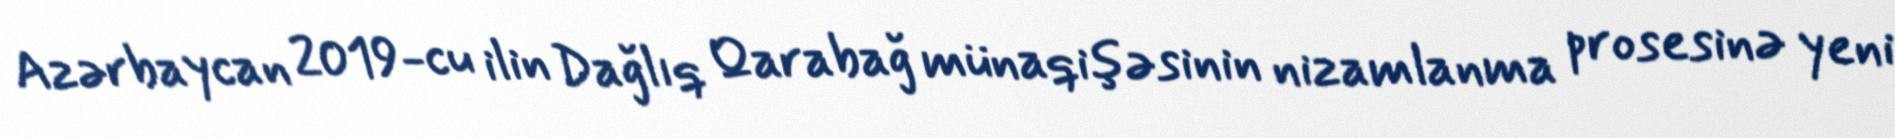
Azərbaycan 2019-cu ilin Dağlıq Qarabağ münaqişəsinin nizamlanma prosesinə yeni